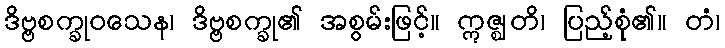
ဒိဗ္ဗစက္ခုဝသေန၊ ဒိဗ္ဗစက္ခု၏ အစွမ်းဖြင့်။ ဣဇ္ဈတိ၊ ပြည့်စုံ၏။ တံ၊